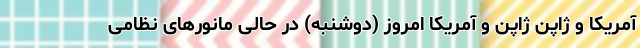
آمریکا و ژاپن ژاپن و آمریکا امروز (دوشنبه) در حالی مانورهای نظامی